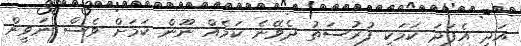
އަދި އެފަދަ ކަމަކީ ފުރުސަތު ދެވޭނެ ކަމެއް ނޫން ކަމަށް ވެސް ނަވީން